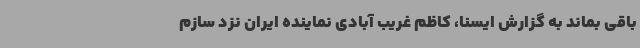
باقی بماند به گزارش ایسنا، کاظم غریب آبادی نماینده ایران نزد سازم